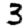
Digit: 3